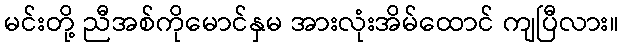
မင်းတို့ ညီအစ်ကိုမောင်နှမ အားလုံးအိမ်ထောင် ကျပြီလား။